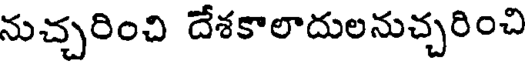
నుచ్చరించి దేశకాలాదులనుచ్చరించి